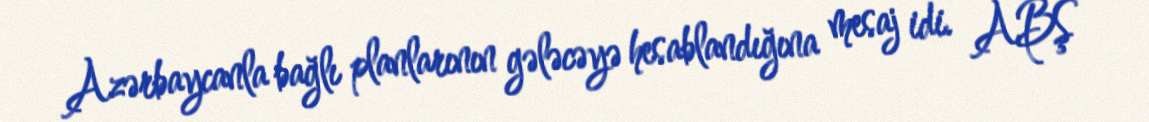
Azərbaycanla bağlı planlarının gələcəyə hesablandığına mesaj idi. ABŞ